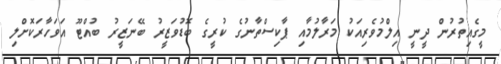
މީގެއިތުރުން ދީނީ އިލްމުވެރިއަކު މަރާލުމާއި ޕާކިސްތާނުގެ ކުރީގެ ބޮޑުވަޒީރު ބޭނަޒީރު ބުއްޓޫ އަވަހާރަކޮށްލި